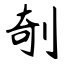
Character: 剞